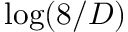
\log ( 8 / D )